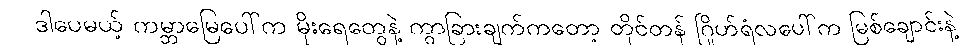
ဒါပေမယ့် ကမ္ဘာမြေပေါ်က မိုးရေတွေနဲ့ ကွာခြားချက်ကတော့ တိုင်တန် ဂြိုဟ်ရံလပေါ်က မြစ်ချောင်းနဲ့